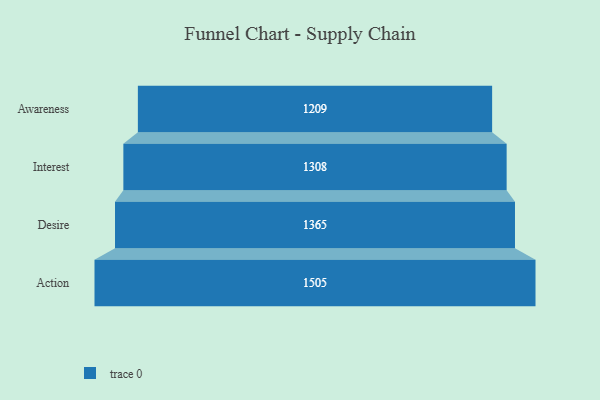
{"axis": {"x": "Stage", "y": "Value"}, "legend": [""], "data": [{"x": "Awareness", "y": 1209.0, "type": ""}, {"x": "Interest", "y": 1308.0, "type": ""}, {"x": "Desire", "y": 1365.0, "type": ""}, {"x": "Action", "y": 1505.0, "type": ""}]}